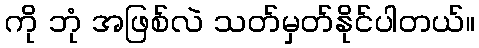
ကို ဘုံ အဖြစ်လဲ သတ်မှတ်နိုင်ပါတယ်။